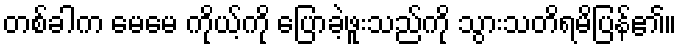
တစ်ခါက မေမေ ကိုယ့်ကို ပြောခဲ့ဖူးသည်ကို သွားသတိရမိပြန်၏။